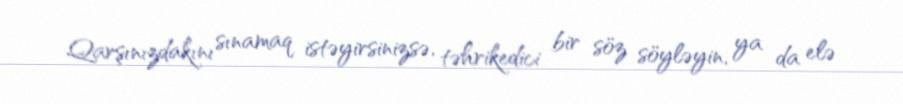
Qarşınızdakını sınamaq istəyirsinizsə, təhrikedici bir söz söyləyin, ya da elə